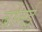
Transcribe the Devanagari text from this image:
बोनई